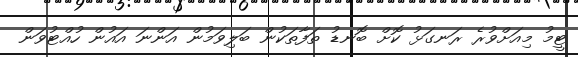
ޓީމު މިއަށްވުރެ ރަނގަޅު ކޮށް ބޮނޑު ތަފާތަކުން ބަލިވަމުން އަންނަ އައުން ހުއްޓުވަން